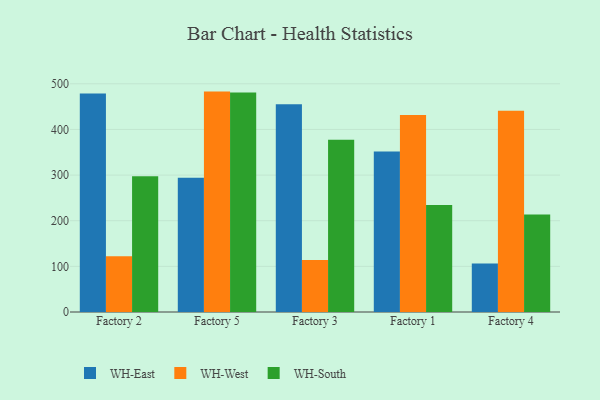
{"axis": {"x": "Factory", "y": "Headcount"}, "legend": ["WH-East", "WH-South", "WH-West"], "data": [{"x": "Factory 2", "y": 478.9, "type": "WH-East"}, {"x": "Factory 2", "y": 122.1, "type": "WH-West"}, {"x": "Factory 2", "y": 297.7, "type": "WH-South"}, {"x": "Factory 5", "y": 294.0, "type": "WH-East"}, {"x": "Factory 5", "y": 482.9, "type": "WH-West"}, {"x": "Factory 5", "y": 481.0, "type": "WH-South"}, {"x": "Factory 3", "y": 455.0, "type": "WH-East"}, {"x": "Factory 3", "y": 114.2, "type": "WH-West"}, {"x": "Factory 3", "y": 377.4, "type": "WH-South"}, {"x": "Factory 1", "y": 351.8, "type": "WH-East"}, {"x": "Factory 1", "y": 431.9, "type": "WH-West"}, {"x": "Factory 1", "y": 234.5, "type": "WH-South"}, {"x": "Factory 4", "y": 106.2, "type": "WH-East"}, {"x": "Factory 4", "y": 441.1, "type": "WH-West"}, {"x": "Factory 4", "y": 213.6, "type": "WH-South"}]}